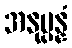
အနုပ္ပန္နံ